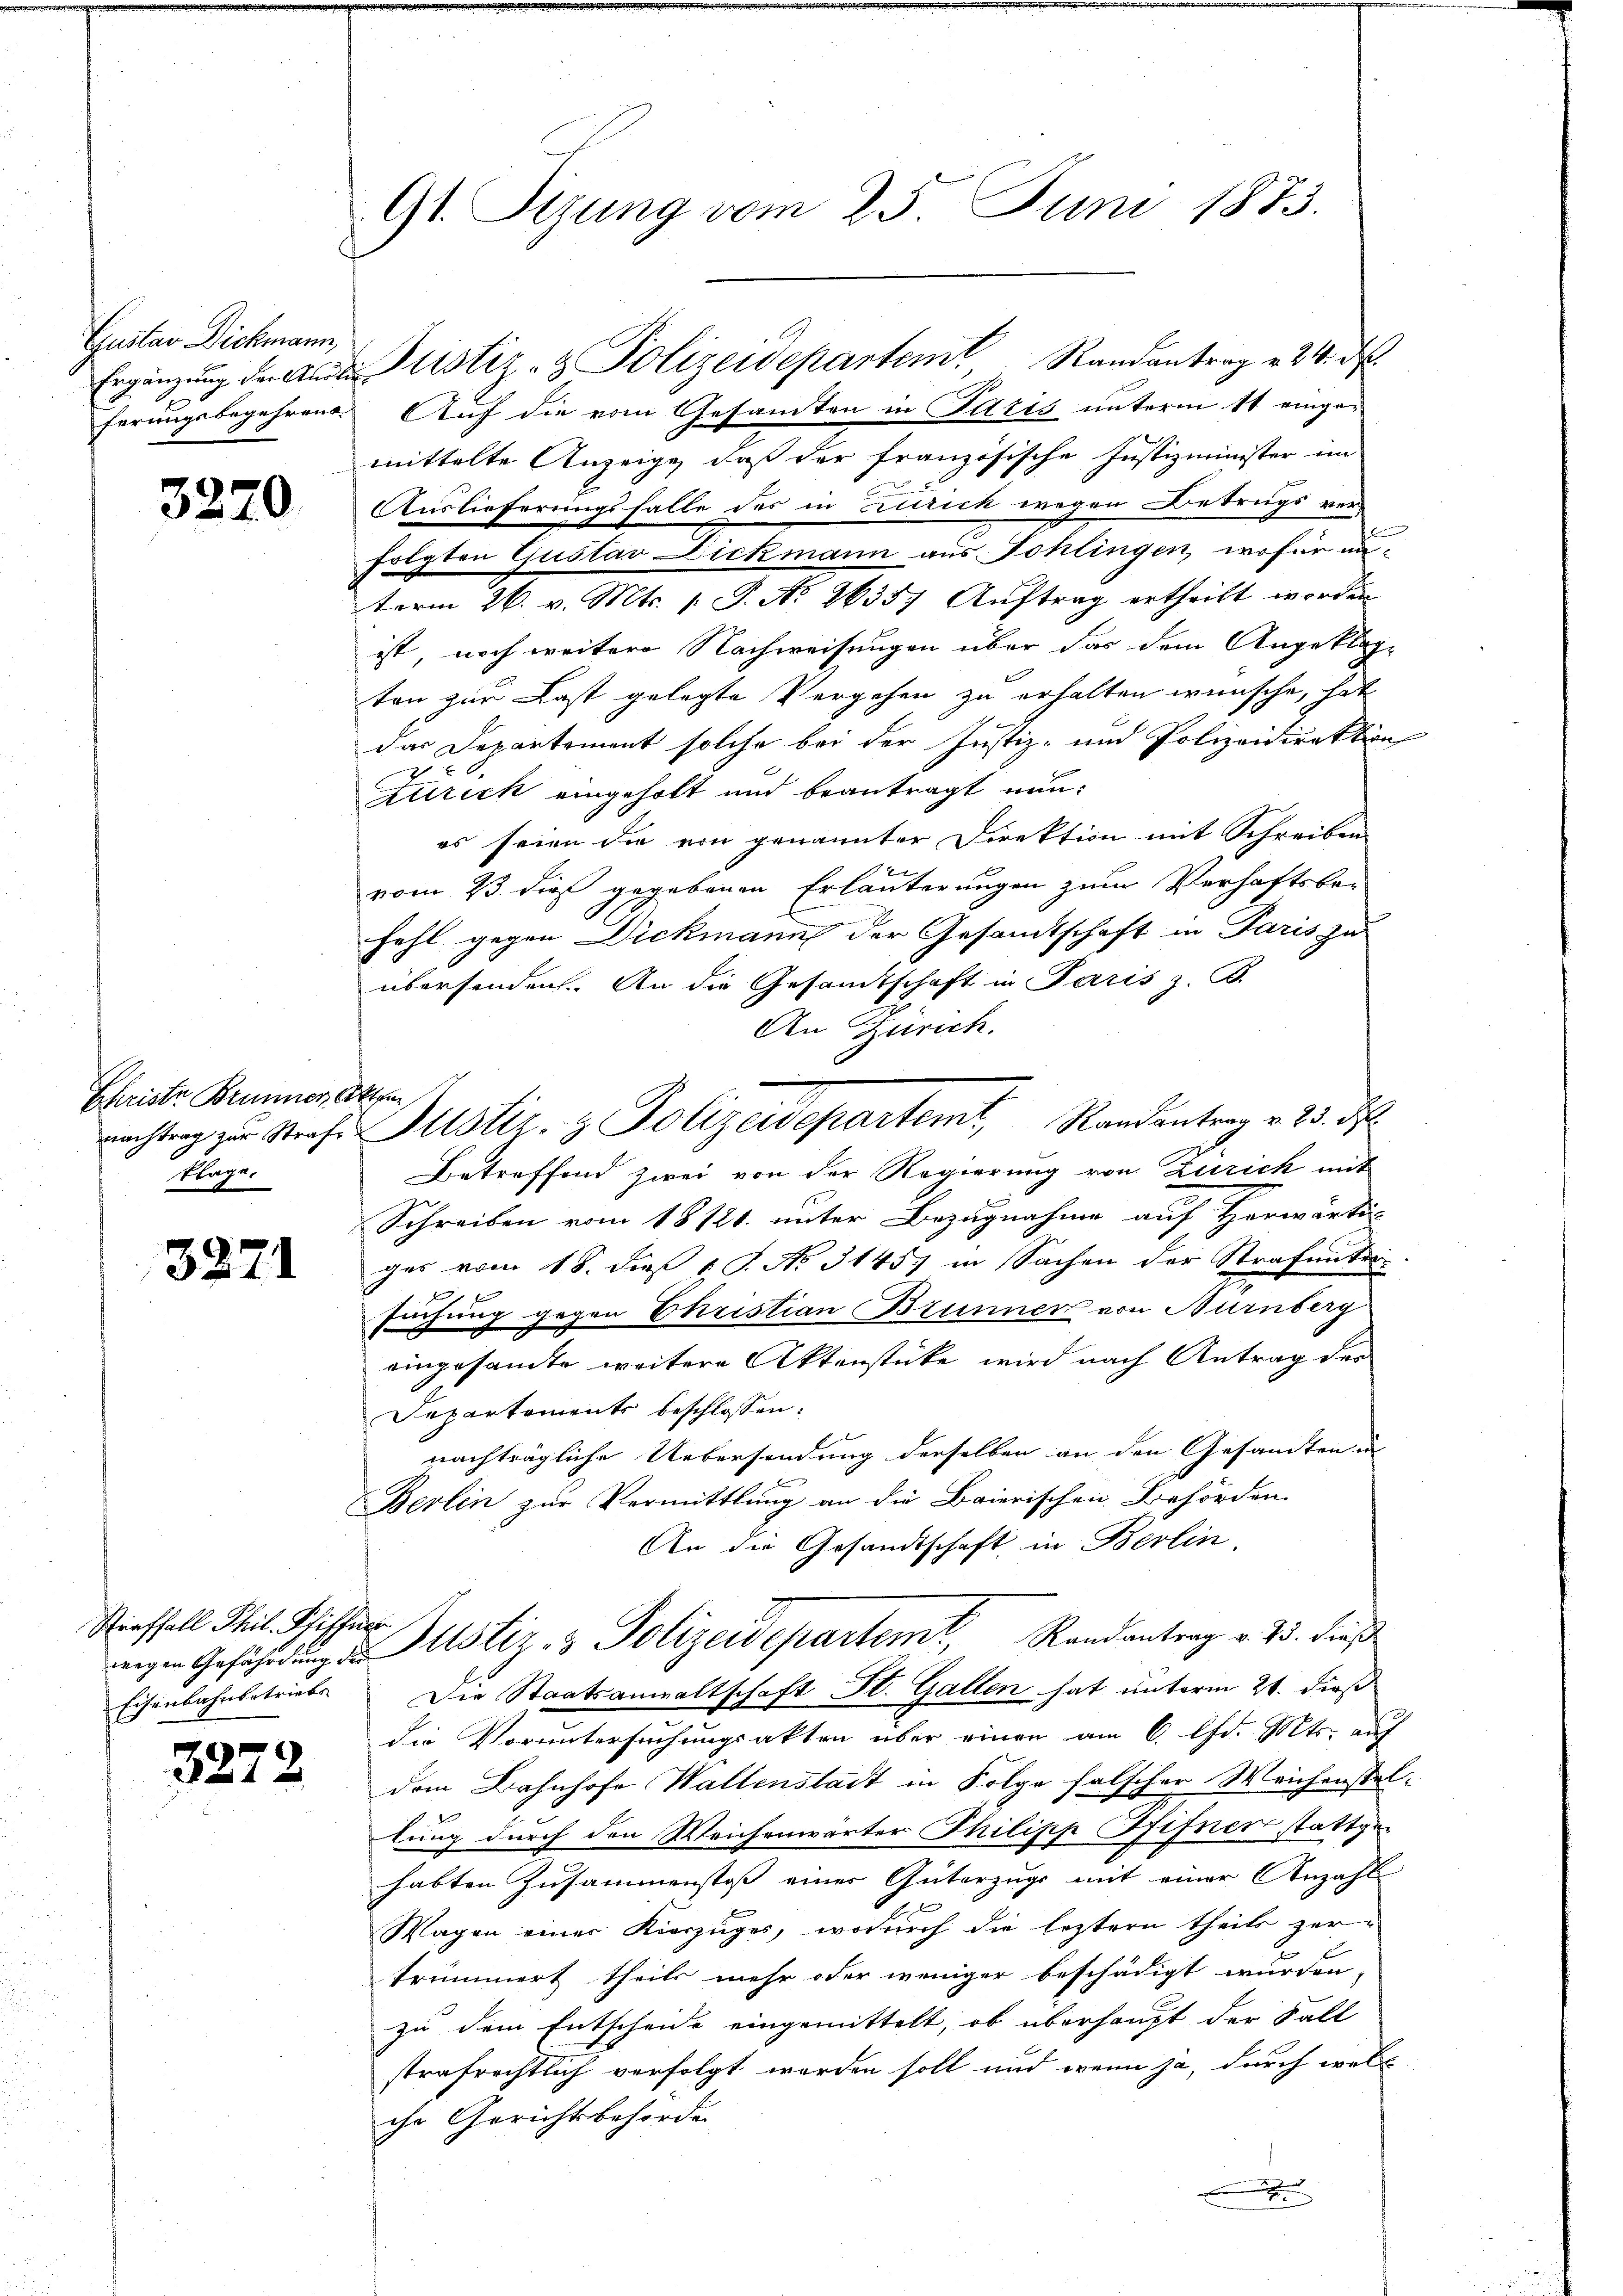
Gustav Dickmann,
ferungsbegehrend

3270

Christe Brunner Akten,
Frage,

3271

Straffall Phil. Schiffes
Eisenbahnbetriebs

327

2

Gl. Tizung vom 25. Juni 1873.

Ergänzŭng der Andentistiz- & Polizeidepartem Randantrag v. 24. ds.
Auf die vom Gesandten in Iltis unterm 11 eingemittelte Anzeige, daß der französische Justizminister im
Auslieferungsfalle des in Zurick wegen Betrugs ver-
folgten Gustav Dickmann aus Sohlingen, wofür unterm 26. v. Mts. 1. P. No 26357 Auftrag ertheilt worden
ist, noch weitere Nachweisungen über das dem Angeklage
ton zur Last gelegte Vergehen zu erhalten wünsche, hat
das Departement solche bei der Justiz- und Polizeidirektion
7
Atrick eingeholt und beantragt nunes seien die von genannter Direktion mit Schreiben
vom 23. dieß gegebenen Erläuterungen zum Verhaftsbe-
fahl gegen Dickmann der Gesandtschaft in Paris zu
übersenden. An die Gesandtschaft in Paris z. B.
An Zürich.
Betreffend zwei von der Regierung von Zurick mit
Schreiben vom 18121. unter Bezugnahme auf Horwärti
ges vom 15. dieß 1 S. No. 31457 in Sachen der Strafunter-
suchung gegen Ehristian Brunner von Nürnberg
eingesamte weitere Aktenstücke wird nach Antrag des
Departements beschlossen:
nachträgliche Uebersendung derselben an den Gesamten in
Berlin zur Vermittlung an die Baierischen Behörden.
An die Gesandtschaft in Berlin,
weigen Gefährdung des Mustiz- & Polizeidepartemt, Randantrag v. 23. dieß
Die Staatsanwaltschaft St. Gallen hat unterm 21. dieß
die Voruntersuchungsakten über einen am 6. lfd. Mts. auf
dem Bahnhofe Wallenstadt in Folge falscher Weichenstallung durch den Weichenwärter Philipp Pfifner stattge
habten Zusammenstoß einer Güterzugs mit einer Anzahl
Wagen einer Kierzuges, wodurch die leztern theils zertrümmert, theils mehr oder weniger beschädigt wurden,
zu dem Entscheide eingemittelt, ob überhaupt der Fall
strafrechtlich verfolgt worden soll und wenn ja, durch wels
che Gerichtsbehörde

machtrag zu Strafe Justiz- & Polizeidepartemt, Randantrag v. 23. d.